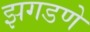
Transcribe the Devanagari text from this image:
झगडणे